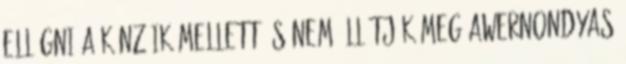
ellógni a kínzóik mellett és nem állítják meg Awernondyas